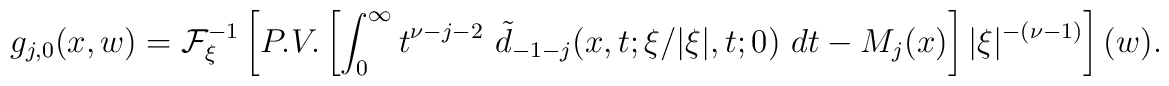
\displaystyle g_{j,0}(x,w) ={\cal F}_\xi ^{-1}\left[P.V.\left[ \int_0^\infty t^{\nu -j-2}\ \tilde d_{-1-j}(x,t;\xi /\vert \xi\vert ,t;0)\ dt-M_j(x)\right] \vert \xi \vert ^{-(\nu -1)}\right] (w).